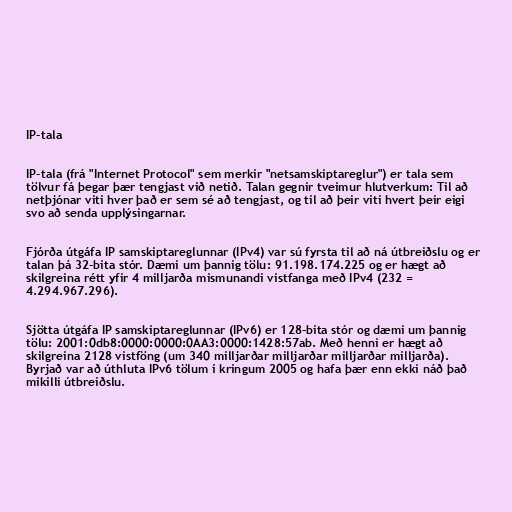
IP-tala

IP-tala (frá "Internet Protocol" sem merkir "netsamskiptareglur") er tala sem
tölvur fá þegar þær tengjast við netið. Talan gegnir tveimur hlutverkum: Til að
netþjónar viti hver það er sem sé að tengjast, og til að þeir viti hvert þeir eigi
svo að senda upplýsingarnar.

Fjórða útgáfa IP samskiptareglunnar (IPv4) var sú fyrsta til að ná útbreiðslu og er
talan þá 32-bita stór. Dæmi um þannig tölu: 91.198.174.225 og er hægt að
skilgreina rétt yfir 4 milljarða mismunandi vistfanga með IPv4 (232 =
4.294.967.296).

Sjötta útgáfa IP samskiptareglunnar (IPv6) er 128-bita stór og dæmi um þannig
tölu: 2001:0db8:0000:0000:0AA3:0000:1428:57ab. Með henni er hægt að
skilgreina 2128 vistföng (um 340 milljarðar milljarðar milljarðar milljarða).
Byrjað var að úthluta IPv6 tölum í kringum 2005 og hafa þær enn ekki náð það
mikilli útbreiðslu.